Lunatic asylums Burma 1907-21 - 1907-1921
Year: 1907
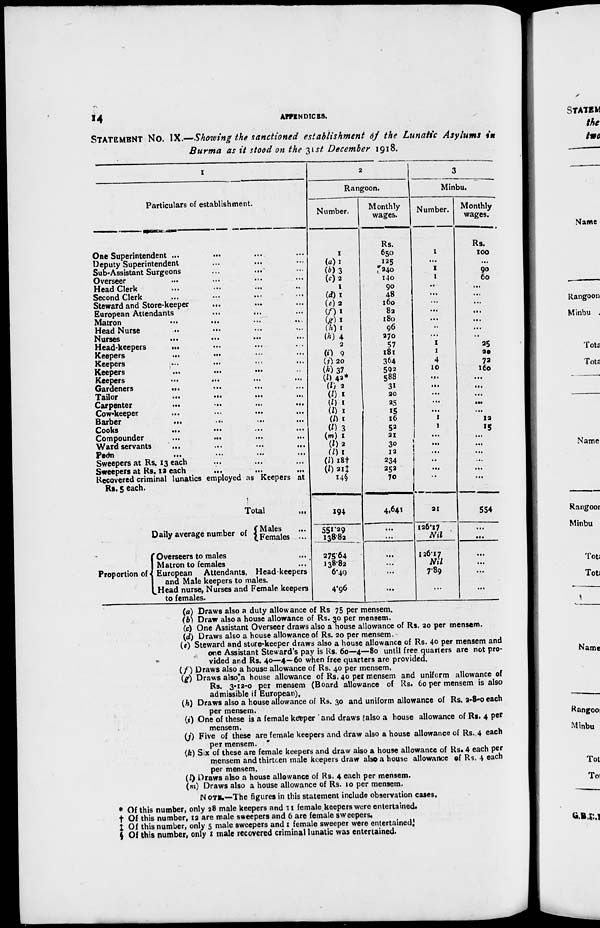
14
APPENDICES.
STATEMENT No. IX.—Showing the sanctioned establishment of the Lunatic Asylums
in
Burma as it stood on the 31st December 1918.
1
Particulars of establishment.
One Superintendent ... ... ... ...
Deputy Superintendent ... ... ...
Sub-Assistant Surgeons ... ... ...
Overseer ... ... ... ...
Head Clerk ... ... ... ...
Second Clerk ... ... ... ...
Steward and Store-keeper
... ... ...
European Attendants ... ... ...
Matron
...
...
...
...
Head Nurse ... ... ... ...
Nurses
...
...
...
...
Head-keepers
... ... ... ...
Keepers
... ... ... ...
Keepers ... ... ... ...
Keepers
...
...
...
...
Keepers
...
...
...
...
Gardeners
...
...
...
...
Tailor
...
...
...
...
Carpenter
...
...
...
...
Cow-keeper
...
...
...
...
Barber
...
...
...
...
Cooks
...
...
...
...
Compounder
...
...
...
...
Ward servants ... ... ... ...
Peon
...
...
...
...
Sweepers at Rs. 13 each ... ... ...
Sweepers at Rs. 12 each
... ... ...
Recovered criminal lunatics employed as Keepers at
Rs. 5 each.
Total ...
Daily average number of
Proportion of
Males ...
Females ...
Overseers to males ...
Matron to females ...
European Attendants, Head-keepers
and Male keepers to males.
Head nurse, Nurses and Female keepers
to females.
2
Rangoon.
Number.
1
(a) 1
(b) 3
(c) 2
1
(d) 1
(e) 2
(f) 1
(g) 1
(h) 1
(h) 4
2
(i) 9
(j) 20
(k) 37
(l) 42*
(l) 2
(l) 1
(l) 1
(l) 1
(l) 1
(l) 3
(m) 1
(l) 2
(l) 1
(l) 18†
(l) 21‡
14§
194
551.29
138.82
275.64
138.82
6.49
4.96
Monthly
wages.
Rs.
650
125
240
140
90
48
160
82
180
96
270
57
181
364
592
588
31
20
25
15
16
52
21
30
12
234
252
70
4,641
...
...
...
...
...
...
3
Minbu.
Number.
1
...
1
1
...
...
...
...
...
...
...
1
1
4
10
...
...
...
...
...
1
1
...
...
...
...
...
...
21
126.17
Nil
126.17
Nil
7.89
...
Monthly
wages.
Rs.
100
...
90
60
...
...
...
...
...
...
...
25
20
72
160
...
...
...
...
...
12
15
...
...
...
...
...
...
554
...
...
...
...
...
...
(a) Draws also a duty allowance of Rs 75 per mensem.
(b) Draw also a house allowance of Rs. 30 per mensem.
(c) One Assistant Overseer draws also a house allowance of Rs. 20 per mensem.
(d) Draws also a house allowance of Rs. 20 per mensem.
(e) Steward and store-keeper draws also a house allowance of Rs. 40 per mensem and
one Assistant Steward's pay is Rs. 60—4—80 until free quarters are not pro-
vided and Rs. 40—4—60 when free quarters are provided.
(f) Draws also a house allowance of Rs. 40 per mensem.
(g) Draws also a house allowance of Rs. 40 per mensem and uniform allowance of
Rs. 3-12-0 per mensem (Board allowance of Rs. 60 per mensem is also
admissible if European).
(h) Draws also a house allowance of Rs. 30 and uniform allowance of Rs. 2-8-0 each
per mensem.
(i) One of these is a female keeper and draws also a house allowance of Rs. 4 per
mensem.
(j) Five of these are female keepers and draw also a house allowance of Rs. 4 each
per mensem.
(k) Six of these are female keepers and draw also a house allowance of Rs. 4 each per
mensem and thirteen male keepers draw also a house allowance of Rs. 4 each
per mensem.
(l) Draws also a house allowance of Rs. 4 each per mensem.
(m) Draws also a house allowance of Rs. 10 per mensem.
NOTE.—The figures in this statement include observation cases.
* Of this number, only 28 male keepers and 11 female keepers were entertained.
† Of this number, 12 are male sweepers and 6 are female sweepers.
‡ Of this number, only 5 male sweepers and 1 female sweeper were entertained.
§ Of this number, only 1 male recovered criminal lunatic was entertained.